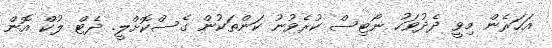
އަހަރެން މިވީ ދެދުވަހު ނޯޓިސް ކުރެވުނު ކަންތަކުން ގެސްކޮށްލީ. ދެޓް ލުކް އޮން